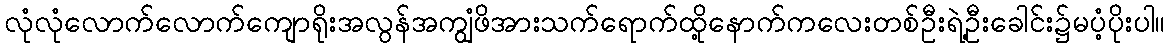
လုံလုံလောက်လောက်ကျောရိုးအလွန်အကျွံဖိအားသက်ရောက်ထို့နောက်ကလေးတစ်ဦးရဲ့ဦးခေါင်း၌မပံ့ပိုးပါ။